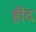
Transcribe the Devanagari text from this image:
हींद